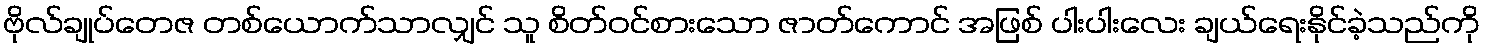
ဗိုလ်ချုပ်တေဇ တစ်ယောက်သာလျှင် သူ စိတ်ဝင်စားသော ဇာတ်ကောင် အဖြစ် ပါးပါးလေး ချယ်ရေးနိုင်ခဲ့သည်ကို